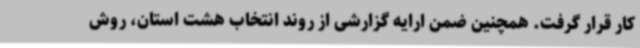
کار قرار گرفت. همچنین ضمن ارایه گزارشی از روند انتخاب هشت استان، روش